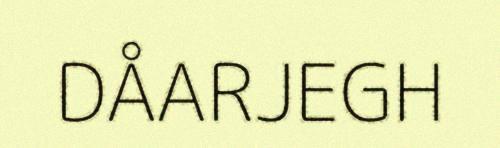
DÅARJEGH